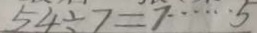
5 4 \div 7 = 7 \cdots 5